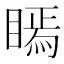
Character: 𭿖